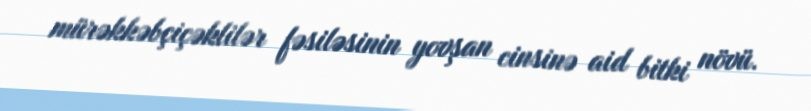
mürəkkəbçiçəklilər fəsiləsinin yovşan cinsinə aid bitki növü.